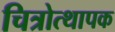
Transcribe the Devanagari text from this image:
चित्रोत्थापक